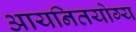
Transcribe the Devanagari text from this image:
आयनितयोग्य